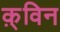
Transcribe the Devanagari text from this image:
क़्विन